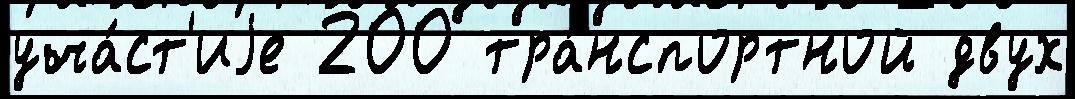
уча́ст'иjе 200 тра́нспортной двух